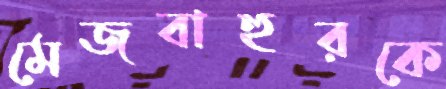
মেজবাহুরকে